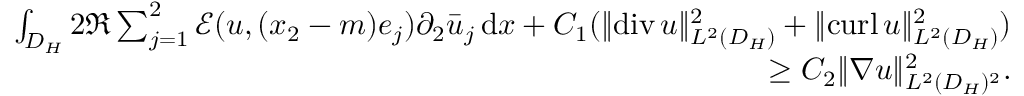
\begin{array} { r } { \int _ { D _ { H } } 2 \Re \sum _ { j = 1 } ^ { 2 } \mathcal { E } ( u , ( x _ { 2 } - m ) e _ { j } ) \partial _ { 2 } \bar { u } _ { j } \, \mathrm { d } x + C _ { 1 } ( \| \mathrm { d i v } \, u \| _ { L ^ { 2 } ( D _ { H } ) } ^ { 2 } + \| \mathrm { c u r l } \, u \| _ { L ^ { 2 } ( D _ { H } ) } ^ { 2 } ) } \\ { \ge C _ { 2 } \| \nabla u \| _ { L ^ { 2 } ( D _ { H } ) ^ { 2 } } ^ { 2 } . } \end{array}